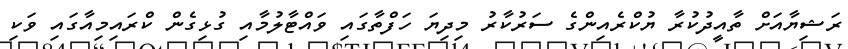
ރަޝިޔާއަށް ތާއީދުކުރާ ޔުކްރެއިންގެ ސަރުކާރު މިދިޔަ ހަފްތާގައި ވައްޓާލުމާއި ގުޅިގެން ކްރައިމިއާގައި ވަކި